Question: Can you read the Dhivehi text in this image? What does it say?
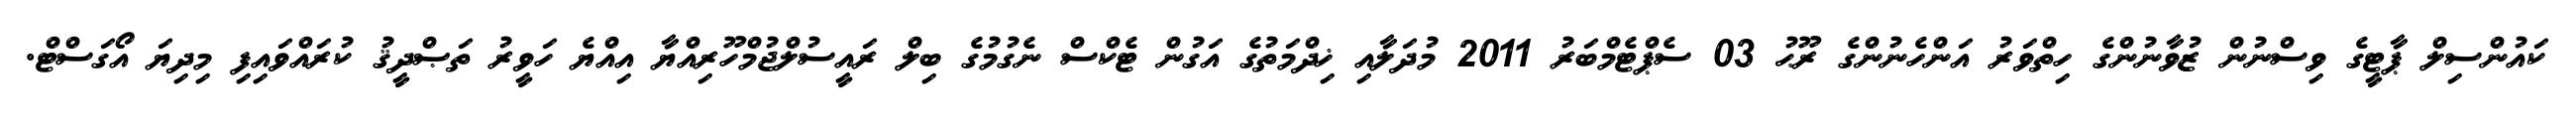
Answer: ކައުންސިލް ޕާޓީގެ ވިސްނުން ޒުވާނުންގެ ހިތްވަރު އަންހެނުންގެ ރޫޙު 03 ސެޕްޓެމްބަރު 2011 މުދަލާއި ޚިދްމަތުގެ އަގުން ޓެކްސް ނެގުމުގެ ބިލް ރައީސުލްޖުމްހޫރިއްޔާ އިއްޔެ ހަވީރު ތަޞްދީޤު ކުރައްވައިފި މިދިޔަ އޯގަސްޓް.